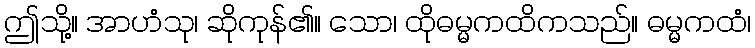
ဤသို့။ အာဟံသု၊ ဆိုကုန်၏။ သော၊ ထိုဓမ္မကထိကသည်။ ဓမ္မကထံ၊